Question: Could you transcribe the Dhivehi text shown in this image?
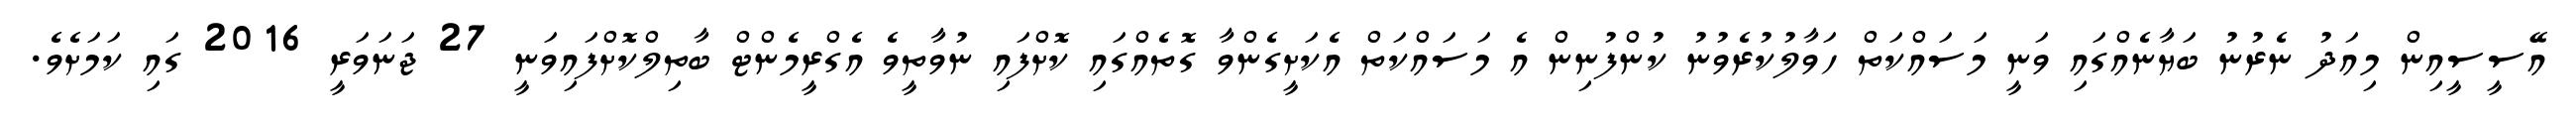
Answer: އޭސީސީއިން މިއަދު ނެރުނު ބަޔާނެއްގައި ވަނީ މަސައްކަތް ހަވާލުކުރެވުނު ކުންފުނިން އެ މަސައްކަތް އެކަށީގެންވާ ގޮތެއްގައި ކޮށްފައި ނުވާތީވެ އެގްރީމެންޓް ބާތިލްކޮށްފައިވަނީ 27 ޖަނަވަރީ 2016 ގައި ކަމަށެވެ.